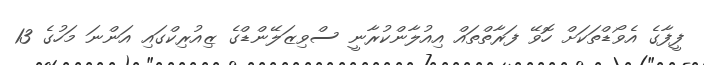
ފީފާގެ އެވޯޑްތަކަށް ހޮވޭ ފަރާތްތައް އިއުލާންކުރާނީ ސްވިޒަލޭންޑްގެ ޒިއުރިކްގައި އަންނަ މަހުގެ 13